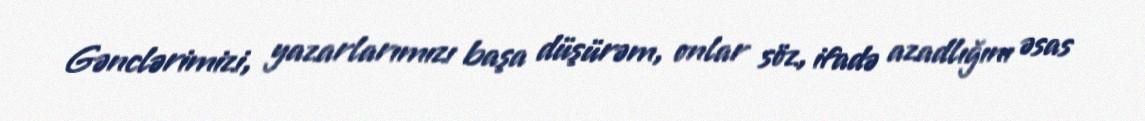
Gənclərimizi, yazarlarımızı başa düşürəm, onlar söz, ifadə azadlığını əsas